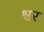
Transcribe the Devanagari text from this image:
श्वर